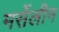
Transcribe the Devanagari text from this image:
मर्सेलीन